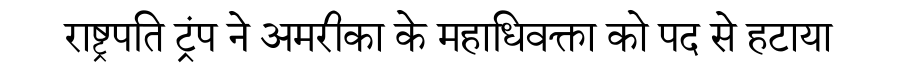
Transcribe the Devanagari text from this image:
राष्ट्रपति ट्रंप ने अमरीका के महाधिवक्ता को पद से हटाया